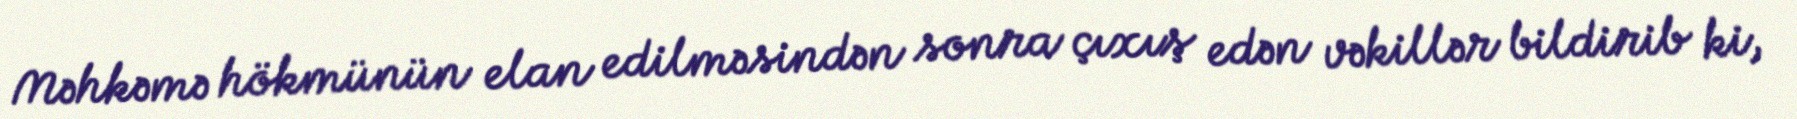
Məhkəmə hökmünün elan edilməsindən sonra çıxış edən vəkillər bildirib ki,